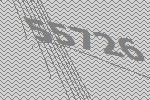
55726